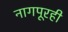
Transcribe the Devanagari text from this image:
नागपूरही